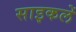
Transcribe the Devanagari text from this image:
साइकलें